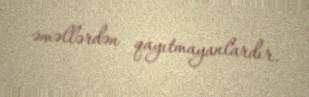
əməllərdən qayıtmayanlardır.